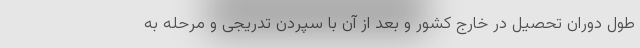
طول دوران تحصیل در خارج کشور و بعد از آن با سپردن تدریجی و مرحله به